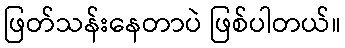
ဖြတ်သန်းနေတာပဲ ဖြစ်ပါတယ်။